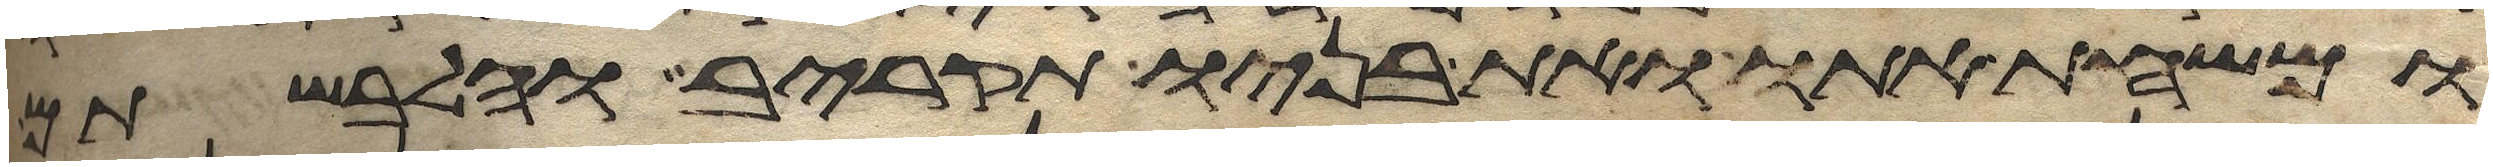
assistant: ומשחת אתו ואת בניו תקריב והלבשתם